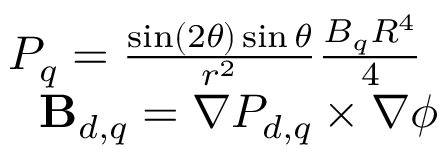
\begin{array} { r l r } { \mathrm { ~ } } & { { } } & { P _ { q } = \frac { \sin ( 2 \theta ) \sin \theta } { r ^ { 2 } } \frac { B _ { q } R ^ { 4 } } { 4 } \mathrm { ~ } } \\ { \mathrm { ~ } } & { { } } & { { \bf B } _ { d , q } = \nabla P _ { d , q } \times \nabla \phi } \end{array}